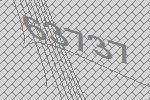
63737